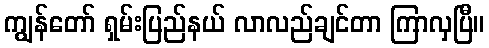
ကျွန်တော် ရှမ်းပြည်နယ် လာလည်ချင်တာ ကြာလှပြီ။